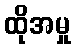
ထိုအမှု